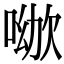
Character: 𠸰